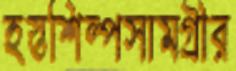
হস্তশিল্পসামগ্রীর